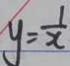
y = \frac { 1 } { x }